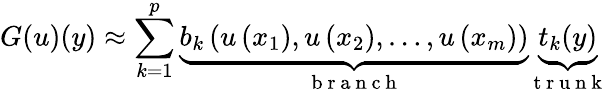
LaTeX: G(u)(y)\approx\sum_{k=1}^{p}\underbrace{b_{k}\left(u\left(x_{1}\right),u\left(x_{2}\right),\ldots,u\left(x_{m}\right)\right)}_{\mathrm{~b~r~a~n~c~h~}}\underbrace{t_{k}(y)}_{\mathrm{~t~r~u~n~k~}}